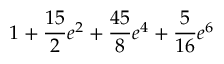
1 + \frac { 1 5 } { 2 } e ^ { 2 } + \frac { 4 5 } { 8 } e ^ { 4 } + \frac { 5 } { 1 6 } e ^ { 6 }